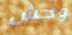
وحش